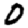
Digit: 0